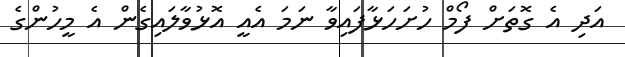
އަދި އެ ގޮތަށް ފޯމް ހުށަހަޅާފައިވާ ނަމަ އެއީ އޮޅުވާލައިގެން އެ މީހުންގެ